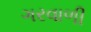
ગરવાળી